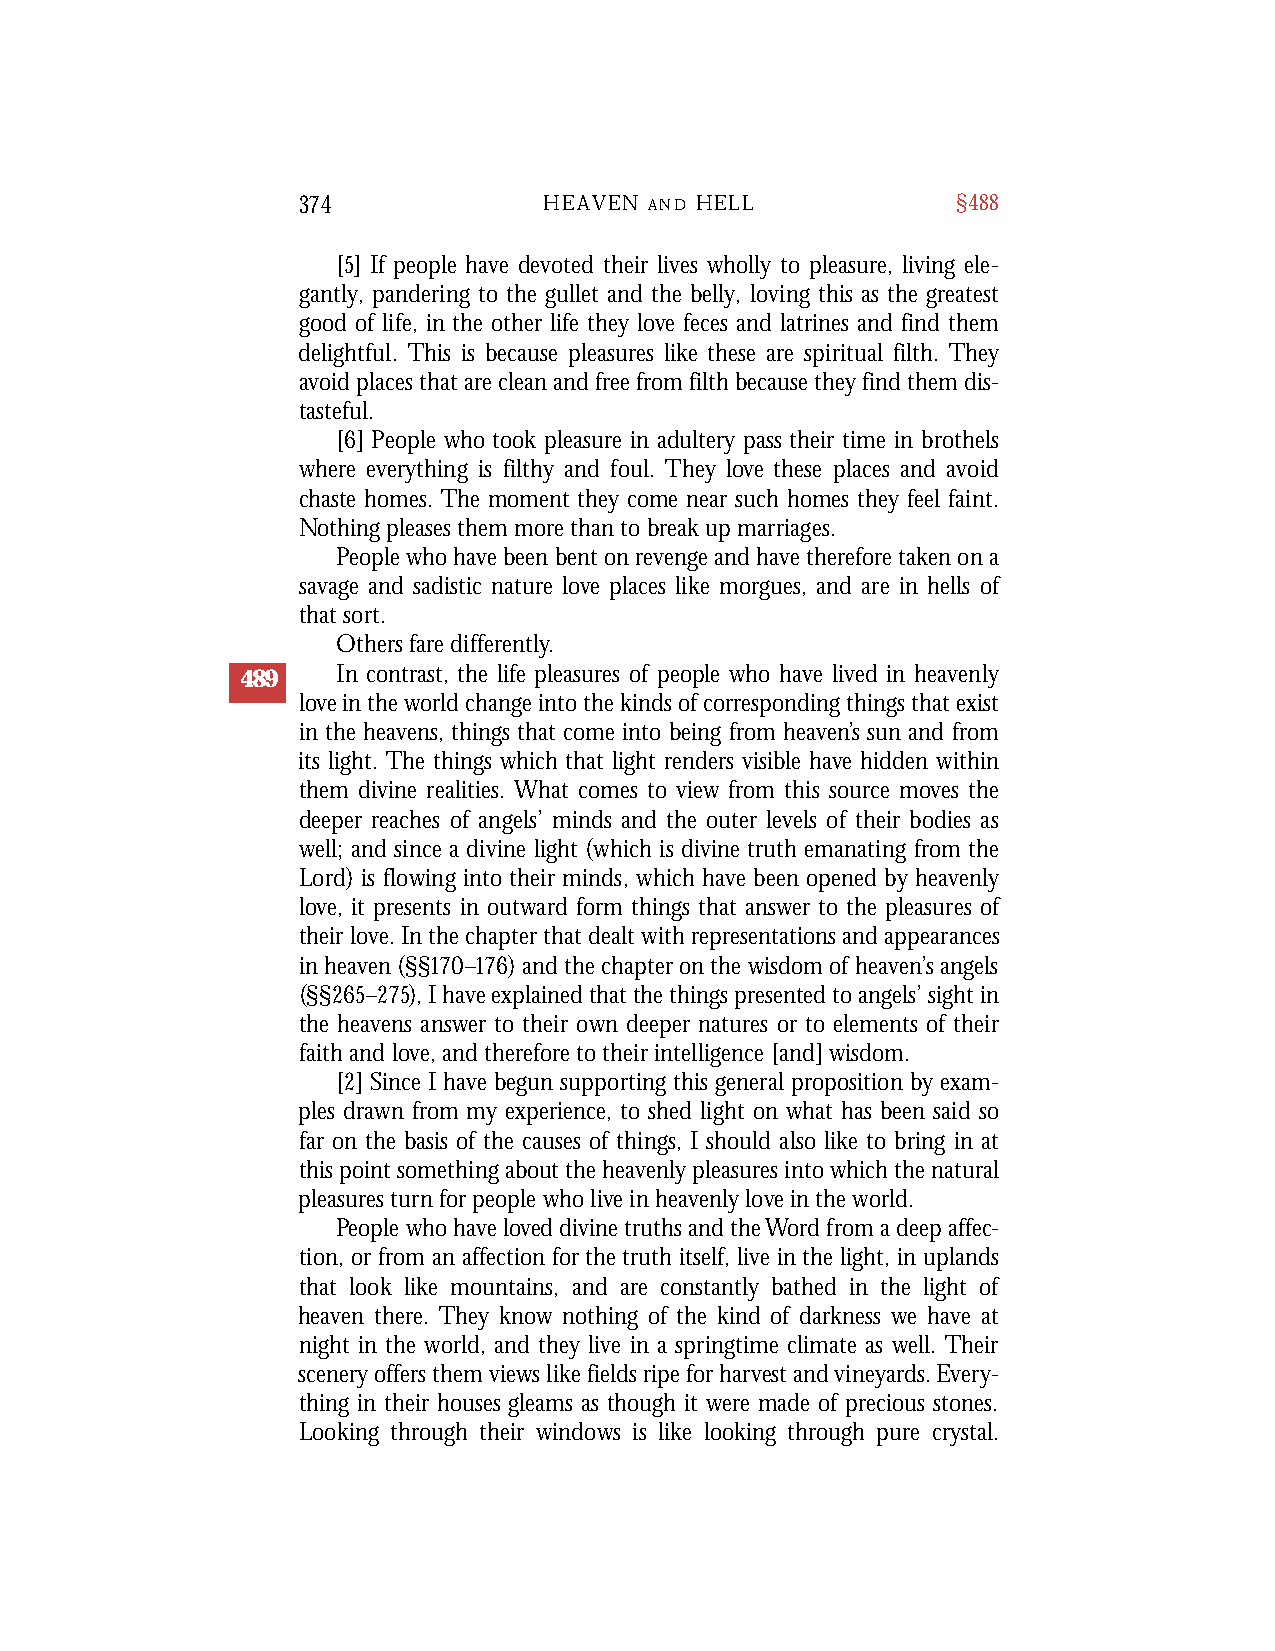
374             HEAVEN A N D H E L L       §488
 [5] If people have devoted their lives wholly to pleasure, living ele-
 gantly, pandering to the gullet and the belly, loving this as the greatest
 good of life, in the other life they love feces and latrines and find them
 delightful. This is because pleasures like these are spiritual filth. They
 avoid places that are clean and free from filth because they find them dis-
 tasteful.
 [6] People who took pleasure in adultery pass their time in brothels
 where everything is filthy and foul. They love these places and avoid
 chaste homes. The moment they come near such homes they feel faint.
 Nothing pleases them more than to break up marriages.
 People who have been bent on revenge and have therefore taken on a
 savage and sadistic nature love places like morgues, and are in hells of
 that sort.
 Others fare differently.
 489   In contrast, the life pleasures of people who have lived in heavenly
 love in the world change into the kinds of corresponding things that exist
 in the heavens, things that come into being from heaven’s sun and from
 its light. The things which that light renders visible have hidden within
 them divine realities. What comes to view from this source moves the
 deeper reaches of angels’ minds and the outer levels of their bodies as
 well; and since a divine light (which is divine truth emanating from the
 Lord) is flowing into their minds, which have been opened by heavenly
 love, it presents in outward form things that answer to the pleasures of
 their love. In the chapter that dealt with representations and appearances
 in heaven (§§170–176) and the chapter on the wisdom of heaven’s angels
 (§§265–275), I have explained that the things presented to angels’ sight in
 the heavens answer to their own deeper natures or to elements of their
 faith and love, and therefore to their intelligence [and] wisdom.
 [2] Since I have begun supporting this general proposition by exam-
 ples drawn from my experience, to shed light on what has been said so
 far on the basis of the causes of things, I should also like to bring in at
 this point something about the heavenly pleasures into which the natural
 pleasures turn for people who live in heavenly love in the world.
 People who have loved divine truths and the Word from a deep affec-
 tion, or from an affection for the truth itself, live in the light, in uplands
 that look like mountains, and are constantly bathed in the light of
 heaven there. They know nothing of the kind of darkness we have at
 night in the world, and they live in a springtime climate as well. Their
 scenery offers them views like fields ripe for harvest and vineyards. Every-
 thing in their houses gleams as though it were made of precious stones.
 Looking through their windows is like looking through pure crystal.